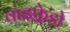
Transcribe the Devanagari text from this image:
वाइफ़्रेडो